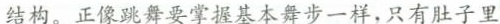
结构。正像跳舞要掌握基本舞步一样，只有肚子里